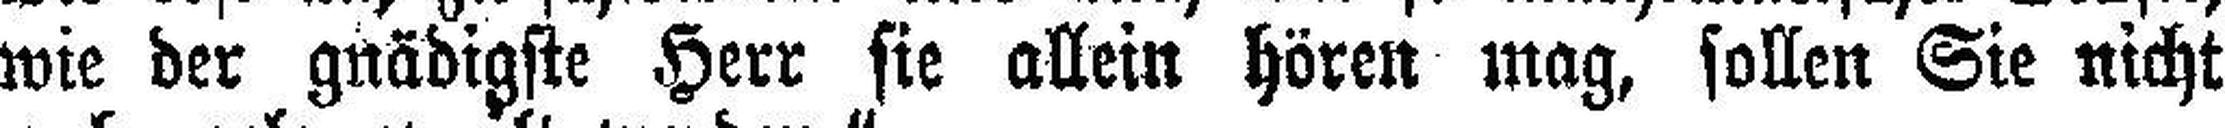
wie der gnädigste Herr sie allein hören mag, sollen Sie nicht